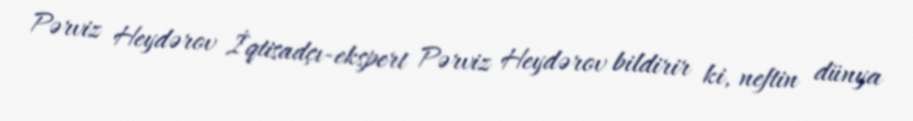
Pərviz Heydərov İqtisadçı-ekspert Pərviz Heydərov bildirir ki, neftin dünya